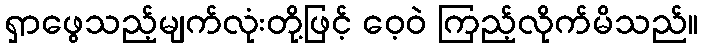
ရှာဖွေသည့်မျက်လုံးတို့ဖြင့် ဝေ့ဝဲ ကြည့်လိုက်မိသည်။